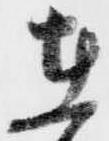
在